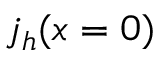
j _ { h } ( x = 0 )